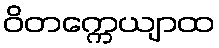
ဝိတက္ကေယျာထ